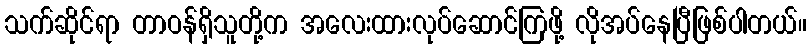
သက်ဆိုင်ရာ တာဝန်ရှိသူတို့က အလေးထားလုပ်ဆောင်ကြဖို့ လိုအပ်နေပြီဖြစ်ပါတယ်။